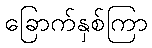
ခြောက်နှစ်ကြာ